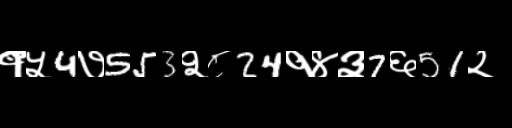
Text: १५4७553२८24१४३7६51२